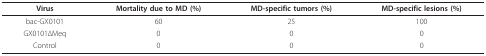
| Virus | Mortality due to MD (%) | MD-specific tumors (%) | MD-specific lesions (%) |
 | --- | --- | --- | --- |
 | bac-GX0101 | 60 | 25 | 100 |
 | GX0101ΔMeq | 0 | 0 | 0 |
 | Control | 0 | 0 | 0 |